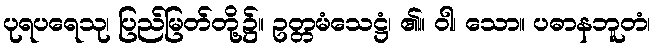
ပုရပရေသု၊ ပြည်မြတ်တို့၌။ ဥတ္တမံသေဋ္ဌံ၊ ၏။ ဝါ၊ သော။ ပဓာနဘူတံ၊